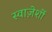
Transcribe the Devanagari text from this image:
स्वाज़ेर्शी